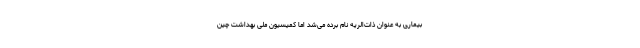
بیماری به عنوان ذات‌الریه نام برده می‌شد اما کمیسیون ملی بهداشت چین